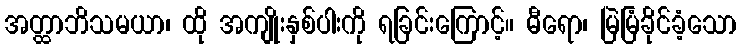
အတ္ထာဘိသမယာ၊ ထို အကျိုးနှစ်ပါးကို ရခြင်းကြောင့်။ ဓီရော၊ မြဲမြံခိုင်ခံ့သော